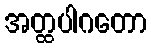
အတ္ထပါဂတော